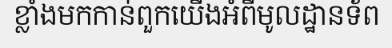
ខ្លាំងមកកាន់ពួកយើងអំពីមូលដ្ឋានទ័ព